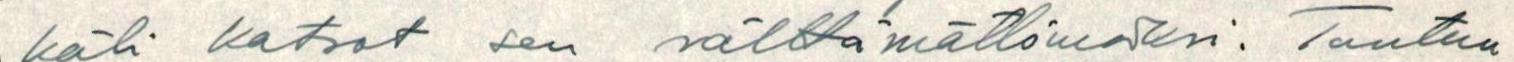
käli katsot sen välttämättömäksi: Tuntuu